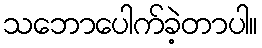
သဘောပေါက်ခဲ့တာပါ။